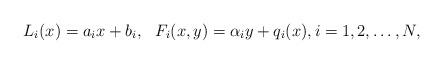
LaTeX: \begin{align*} L_i(x) = a_i x + b_i, ~~ F_i(x,y) = \alpha_i y + q_i(x), i=1,2,\dots, N,\end{align*}